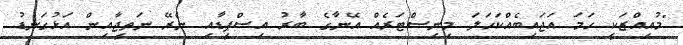
"މުއިއްޒަކީ ހަމަ އަޖައިބެއްކަހަލަ މިނިސްޓަރެއް އޭނާގެ ބާރު އިސްޕީޑާއި ނެރޭ ނަތީޖާއިން އަޅުގަނޑު